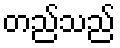
တည်သည်